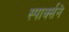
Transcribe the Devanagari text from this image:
स्पार्क्‍सने